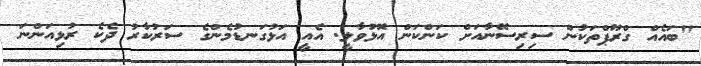
"ބައެއް ގްރޫޕްތަކުން ސިރިސޭނާއަށް ކަންކަން އޮޅުވާލީ. އެއީ އަޅުގަނޑުމެންގެ ސަރުކާރު ދެކެ ރުޅިއަންނަ